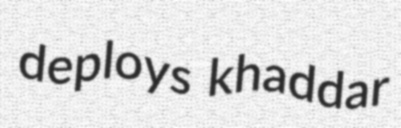
deploys khaddar